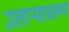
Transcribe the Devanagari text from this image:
उताऱ्यावरून